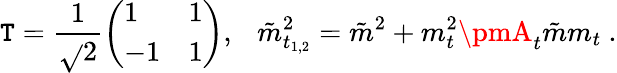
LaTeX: \mathtt{T}=\frac{{1}}{{\sqrt{}{{2}}}}\left(\begin{array}{ll}{{1}}&{{1}}\\ {{-1}}&{{1}}\end{array}\right),~~~\tilde{{m}}_{t_{1,2}}^{2}=\tilde{{m}}^{2}+m_{t}^{2}\pmA_{t}\tilde{{m}}m_{t}\ .